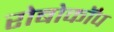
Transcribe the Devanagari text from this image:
रोबोकॉप